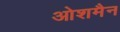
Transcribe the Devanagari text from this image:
ओशमैन